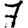
Digit: 7